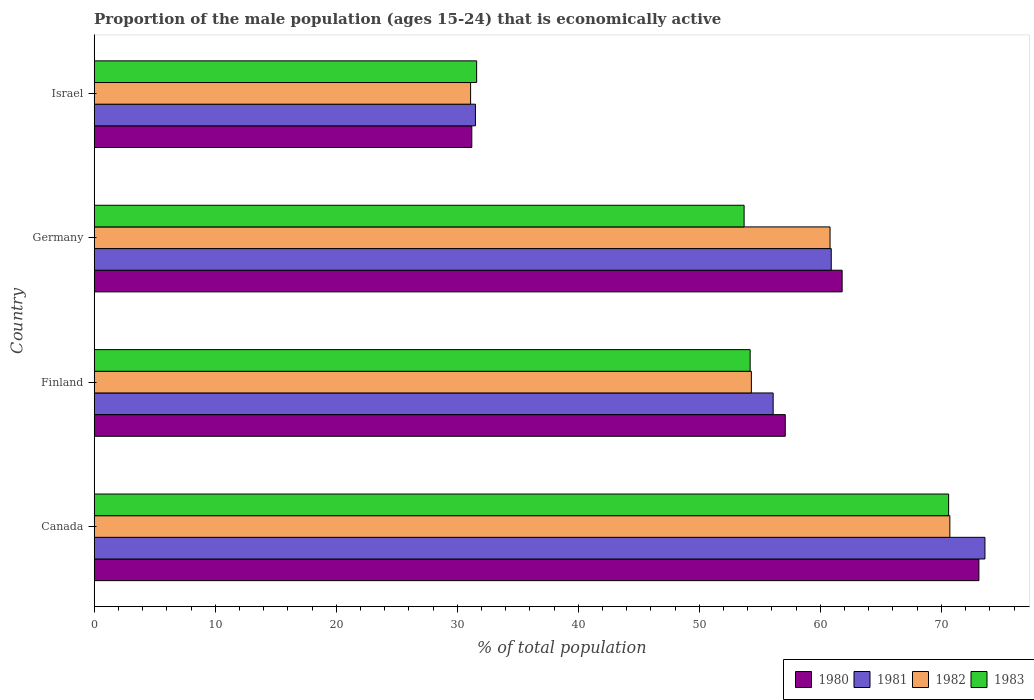
| Country | 1980 | 1981 | 1982 | 1983 |
 | --- | --- | --- | --- | --- |
 | Canada | 73.1 | 73.6 | 70.7 | 70.6 |
 | Finland | 57.1 | 56.1 | 54.3 | 54.2 |
 | Germany | 61.8 | 60.9 | 60.8 | 53.7 |
 | Israel | 31.2 | 31.5 | 31.1 | 31.6 |